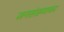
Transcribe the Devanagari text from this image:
जनसंख्याका